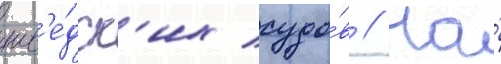
шв'е́дск'их судо́в // На́